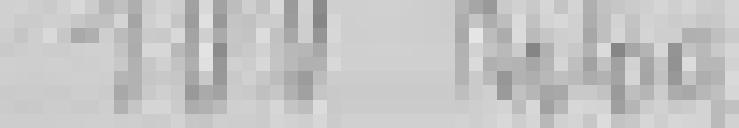
entrée : 100 kilos